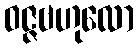
ဝဇ္ဇဗဟုလော